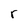
Character: r